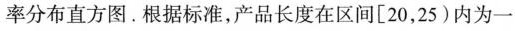
率分布直方图。根据标准，产品长度在区间[20，25)内为一